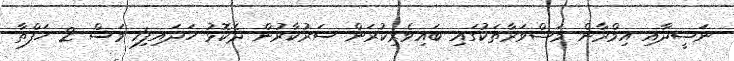
ނަޝީދާއި އިމްރާން މަޝްވަރާތަކުގައި ބައިވެރިކުރަން ސަރުކާރުން ދެކޮޅު ހަދައިފި1 މަސް 2 ހަފްތާ